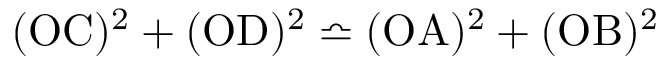
( \mathrm { O C } ) ^ { 2 } + ( \mathrm { O D } ) ^ { 2 } \bumpeq ( \mathrm { O A } ) ^ { 2 } + ( \mathrm { O B } ) ^ { 2 }